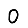
Digit: 0